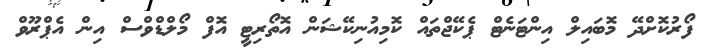
ފޯރުކޮށްދޭ މޮބައިލް އިންޓަނެޓް ޕެކޭޖްތައް ކޮމިއުނިކޭޝަން އޮތޯރިޓީ އޮފް މޯލްޑްވްސް އިން އެޕްރޫވް